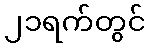
၂၁ရက်တွင်